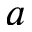
a